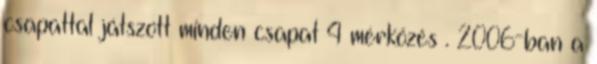
csapattal játszott minden csapat 4 mérkőzés . 2006-ban a